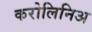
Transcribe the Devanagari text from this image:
करोलिनिअ